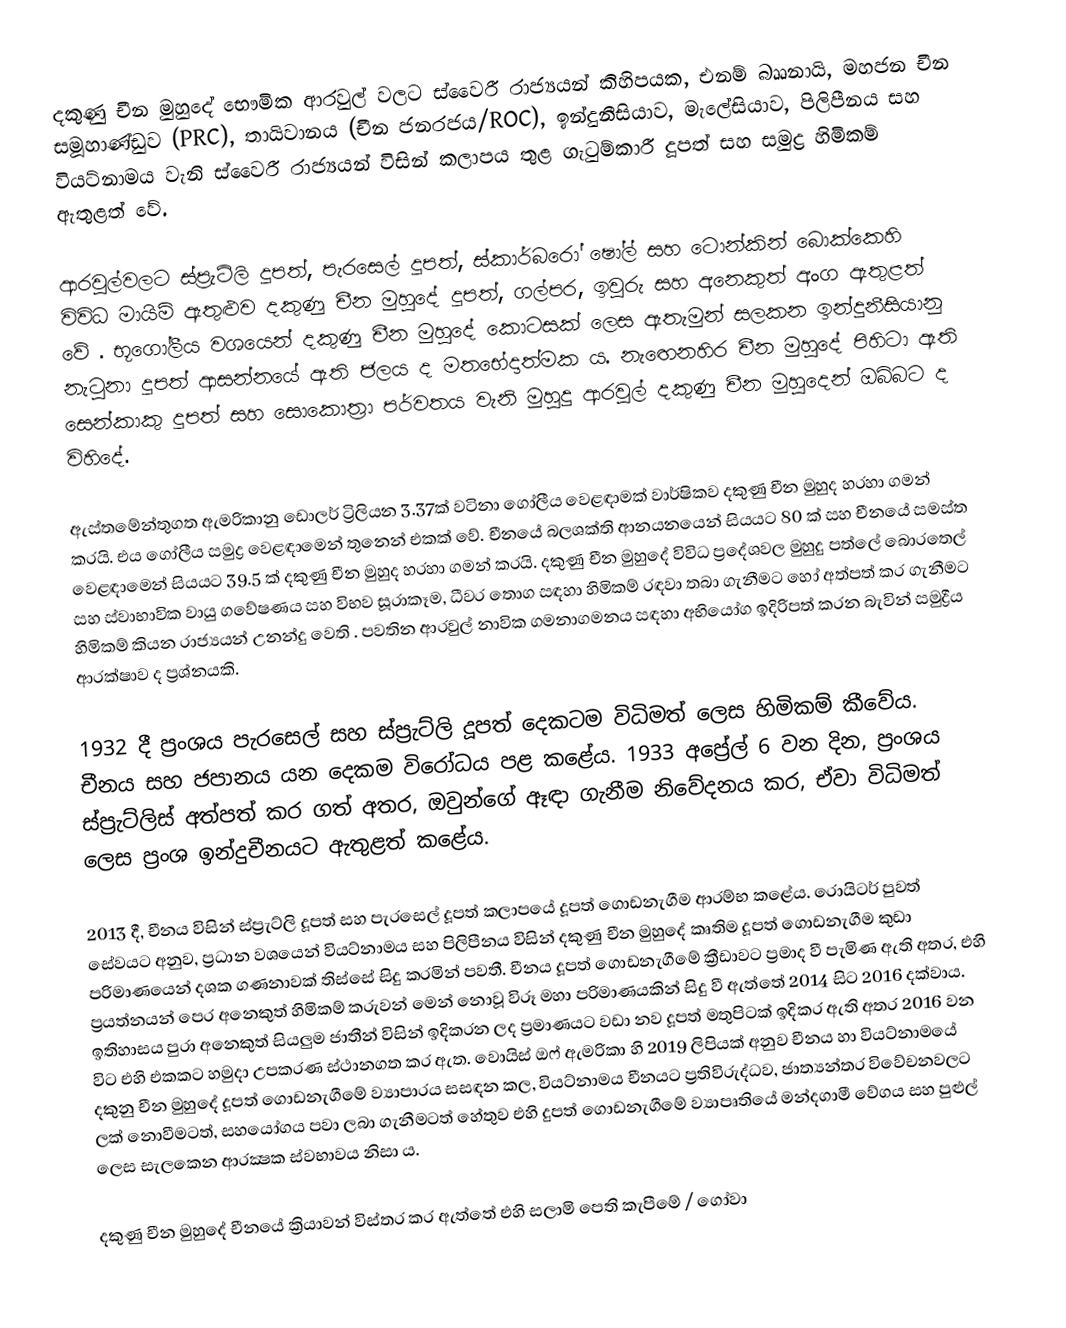
දකුණු චීන මුහුදේ භෞමික ආරවුල් වලට ස්වෛරී රාජ්‍යයන් කිහිපයක, එනම් බෲනායි, මහජන චීන සමූහාණ්ඩුව (PRC), තායිවානය (චීන ජනරජය/ROC), ඉන්දුනීසියාව, මැලේසියාව, පිලිපීනය සහ වියට්නාමය වැනි ස්වෛරී රාජ්‍යයන් විසින් කලාපය තුළ ගැටුම්කාරී දූපත් සහ සමුද්‍ර හිමිකම් ඇතුළත් වේ.

ආරවුල්වලට ස්ප්‍රැට්ලි දූපත්, පැරසෙල් දූපත්, ස්කාර්බරෝ ෂෝල් සහ ටොන්කින් බොක්කෙහි විවිධ මායිම් ඇතුළුව දකුණු චීන මුහුදේ දූපත්, ගල්පර, ඉවුරු සහ අනෙකුත් අංග ඇතුළත් වේ . භූගෝලීය වශයෙන් දකුණු චීන මුහුදේ කොටසක් ලෙස ඇතැමුන් සලකන ඉන්දුනීසියානු නැටුනා දූපත් ආසන්නයේ ඇති ජලය ද මතභේදාත්මක ය. නැඟෙනහිර චීන මුහුදේ පිහිටා ඇති සෙන්කාකු දූපත් සහ සොකොත්‍රා පර්වතය වැනි මුහුදු ආරවුල් දකුණු චීන මුහුදෙන් ඔබ්බට ද විහිදේ.

ඇස්තමේන්තුගත ඇමරිකානු ඩොලර් ට්‍රිලියන 3.37ක් වටිනා ගෝලීය වෙළඳාමක් වාර්ෂිකව දකුණු චීන මුහුද හරහා ගමන් කරයි. එය ගෝලීය සමුද්‍ර වෙළඳාමෙන් තුනෙන් එකක් වේ. චීනයේ බලශක්ති ආනයනයෙන් සියයට 80 ක් සහ චීනයේ සමස්ත වෙළඳාමෙන් සියයට 39.5 ක් දකුණු චීන මුහුද හරහා ගමන් කරයි. දකුණු චීන මුහුදේ විවිධ ප්‍රදේශවල මුහුදු පත්ලේ බොරතෙල් සහ ස්වාභාවික වායු ගවේෂණය සහ විභව සූරාකෑම, ධීවර තොග සඳහා හිමිකම් රඳවා තබා ගැනීමට හෝ අත්පත් කර ගැනීමට හිමිකම් කියන රාජ්‍යයන් උනන්දු වෙති . පවතින ආරවුල් නාවික ගමනාගමනය සඳහා අභියෝග ඉදිරිපත් කරන බැවින් සමුද්‍රීය ආරක්ෂාව ද ප්‍රශ්නයකි.

1932 දී ප්‍රංශය පැරසෙල් සහ ස්ප්‍රැට්ලි දූපත් දෙකටම විධිමත් ලෙස හිමිකම් කීවේය. චීනය සහ ජපානය යන දෙකම විරෝධය පළ කළේය. 1933 අප්‍රේල් 6 වන දින, ප්‍රංශය ස්ප්‍රැට්ලිස් අත්පත් කර ගත් අතර, ඔවුන්ගේ ඈඳා ගැනීම නිවේදනය කර, ඒවා විධිමත් ලෙස ප්‍රංශ ඉන්දුචීනයට ඇතුළත් කළේය.

2013 දී, චීනය විසින් ස්ප්‍රැට්ලි දූපත් සහ පැරසෙල් දූපත් කලාපයේ දූපත් ගොඩනැගීම ආරම්භ කළේය. රොයිටර් පුවත් සේවයට අනුව, ප්‍රධාන වශයෙන් වියට්නාමය සහ පිලිපීනය විසින් දකුණු චීන මුහුදේ කෘතිම දූපත් ගොඩනැගීම කුඩා පරිමාණයෙන් දශක ගණනාවක් තිස්සේ සිදු කරමින් පවතී. චීනය දූපත් ගොඩනැගීමේ ක්‍රීඩාවට ප්‍රමාද වී පැමිණ ඇති අතර, එහි ප්‍රයත්නයන් පෙර අනෙකුත් හිමිකම් කරුවන් මෙන් නොවූ විරූ මහා පරිමාණයකින් සිදු වී ඇත්තේ 2014 සිට 2016 දක්වාය. ඉතිහාසය පුරා අනෙකුත් සියලුම ජාතීන් විසින් ඉදිකරන ලද ප්‍රමාණයට වඩා නව දූපත් මතුපිටක් ඉදිකර ඇති අතර 2016 වන විට එහි එකකට හමුදා උපකරණ ස්ථානගත කර ඇත. වොයිස් ඔෆ් ඇමරිකා හි 2019 ලිපියක් අනුව චීනය හා වියට්නාමයේ දකුනු චීන මුහුදේ දූපත් ගොඩනැගීමේ ව්‍යාපාරය සසඳන කල, වියට්නාමය චීනයට ප්‍රතිවිරුද්ධව, ජාත්‍යන්තර විවේචනවලට ලක් නොවීමටත්, සහයෝගය පවා ලබා ගැනීමටත් හේතුව එහි දුපත් ගොඩනැගීමේ ව්‍යාපෘතියේ මන්දගාමී වේගය සහ පුළුල් ලෙස සැලකෙන ආරක්‍ෂක ස්වභාවය නිසා ය.

දකුණු චීන මුහුදේ චීනයේ ක්‍රියාවන් විස්තර කර ඇත්තේ එහි සලාමි පෙති කැපීමේ / ගෝවා